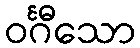
ဝင်္ဂီသော